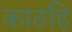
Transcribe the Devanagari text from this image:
काठहि